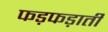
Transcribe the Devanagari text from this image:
फड़फड़ाती